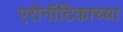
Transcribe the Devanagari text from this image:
एरोनॉटिकाच्या